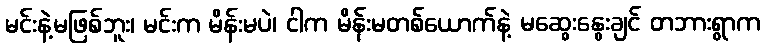
မင်းနဲ့မဖြစ်ဘူး၊ မင်းက မိန်းမပဲ၊ ငါက မိန်းမတစ်ယောက်နဲ့ မဆွေးနွေးချင် တဘားရွာက